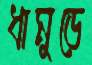
ধামুড়ে